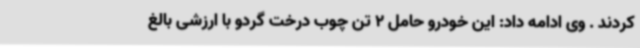
کردند . وی ادامه داد: این خودرو حامل 2 تن چوب درخت گردو با ارزشی بالغ